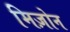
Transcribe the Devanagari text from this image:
मिज़ोन